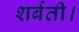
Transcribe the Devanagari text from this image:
शर्बती।